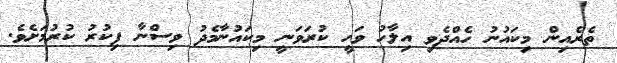
ތެރެއިން މިކައުނު ހެއްދެވި އިލާހު ވަހީ ކުރަވަނީ މިކައުނާމެދު ވިސްނާ ފިކުރު ކުރުމަށެވެ.